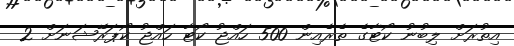
އިތުރަށް ލިބުނު ކޯޓާގެ ތެރެއިން 500 ހައްޖު ކޯޓާ ހައްޖު ކޯޕަރޭޝަނަށް 2